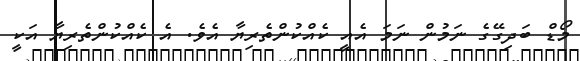
މޯޑް ބަދިގޭގެ ނަމުން ނަމަ އެއީ ކެއްކުންތެރިޔާ އެވެ. އެ ކެއްކުންތެރިޔާ އަކީ